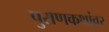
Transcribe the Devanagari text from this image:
पुराणकथांवर